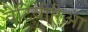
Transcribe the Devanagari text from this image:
वेटिवीरिआ